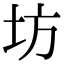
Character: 坊